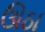
ઊઠા